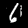
Digit: 6